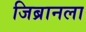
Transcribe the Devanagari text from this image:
जिब्रानला